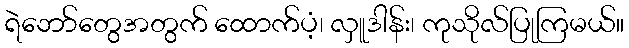
ရဲဘော်တွေအတွက် ထောက်ပံ့၊ လှူဒါန်း၊ ကုသိုလ်ပြုကြမယ်။